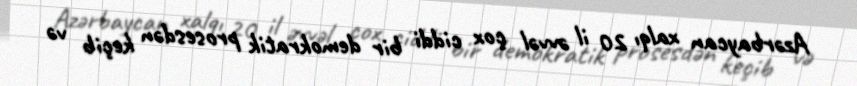
Azərbaycan xalqı 20 il əvvəl çox ciddi bir demokratik prosesdən keçib və